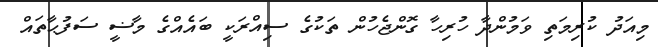
މިއަދު ކުރިމަތި ވަމުންދާ ހުރިހާ ގޮންޖެހުން ތަކުގެ ސިއްރަކީ ބައެއްގެ މާޟީ ސަފުޙާތައް